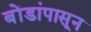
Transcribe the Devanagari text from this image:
बोंडांपासून